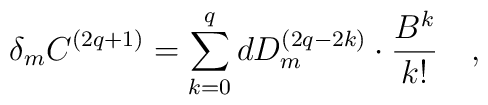
\delta _mC^{\left( 2q+1\right) }=\sum\limits_{k=0}^qdD_m^{\left(2q-2k\right) }\cdot \frac{B^k}{k!}\quad ,